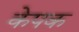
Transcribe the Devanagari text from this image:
केपक